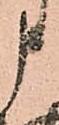
申